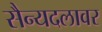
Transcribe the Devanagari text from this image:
सैन्यदलावर